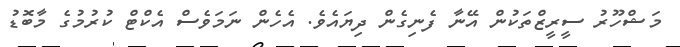
މަޝްހޫރު ސީރީޒްތަކުން އޭނާ ފެނިގެން ދިޔައެވެ. އެހެން ނަމަވެސް އެކްޓް ކުރުމުގެ މާބޮޑު